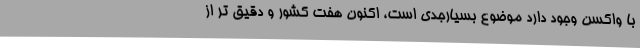
با واکسن وجود دارد موضوع بسیارجدی است، اکنون هفت کشور و دقیق تر از